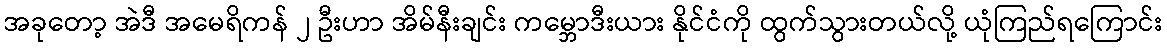
အခုတော့ အဲဒီ အမေရိကန် ၂ ဦးဟာ အိမ်နီးချင်း ကမ္ဘောဒီးယား နိုင်ငံကို ထွက်သွားတယ်လို့ ယုံကြည်ရကြောင်း